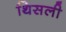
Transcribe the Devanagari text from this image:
थिसली